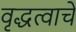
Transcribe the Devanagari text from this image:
वृद्धत्वाचे